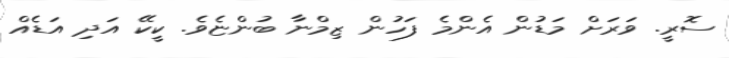
ސޮރީ. ވަރަށް މަޑުން އެންމެ ފަހުން ޒިމްނާ ބުންޏެވެ. ކީކޭ އަދި އަޑެއް